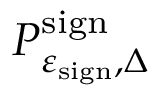
P _ { \varepsilon _ { \mathrm { s i g n } } , \Delta } ^ { \mathrm { s i g n } }